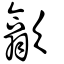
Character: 歙